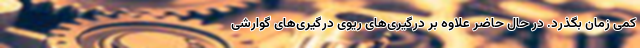
کمی زمان بگذرد. در حال حاضر علاوه بر درگیری‌های ریوی درگیری‌های گوارشی